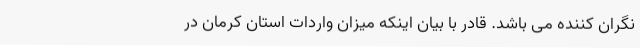
نگران کننده می باشد. قادر با بیان اینکه میزان واردات استان کرمان در